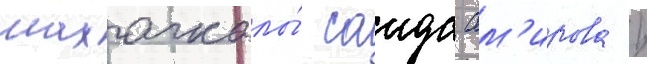
махачкалы́ саида ам'ирова /